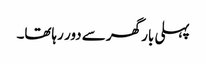
پہلی بار گھر سے دور رہاتھا۔